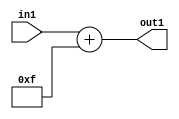
`timescale 1ps / 1ps
/*****************************************************************************
    Verilog RTL Description
    
    
    Created by: Stratus DpOpt 21.05.01 
*******************************************************************************/

module SobelFilter_Add_6U_25_1 (
	in1,
	out1
	); /* architecture "behavioural" */ 
input [4:0] in1;
output [5:0] out1;
wire [5:0] asc001;

assign asc001 = 
	+(in1)
	+(6'B001111);

assign out1 = asc001;
endmodule

/* CADENCE  urj3SQ0= : u9/ySxbfrwZIxEzHVQQV8Q== ** DO NOT EDIT THIS LINE ******/